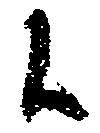
候